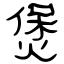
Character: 煲